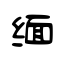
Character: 缅